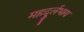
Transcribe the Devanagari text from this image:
महदुर्लभाय